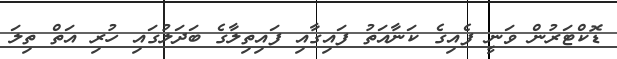
ޑޮކްޓަރުން ވަނީ ފެއިގެ ކަނާއަތު ފައިގާއި ފައިތިލާގެ ބަދަލުގައި ހުރި އަތް ތިލަ